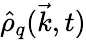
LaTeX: \hat{\rho}_{q}(\vec{k},t)